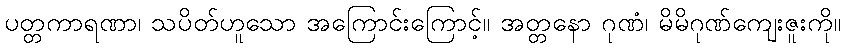
ပတ္တကာရဏာ၊ သပိတ်ဟူသော အကြောင်းကြောင့်။ အတ္တနော ဂုဏံ၊ မိမိဂုဏ်ကျေးဇူးကို။